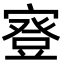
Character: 𡪺